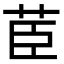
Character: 茞